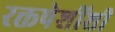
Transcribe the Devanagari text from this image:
रक्तपेशींशी